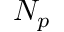
N _ { p }